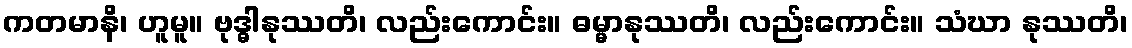
ကတမာနိ၊ ဟူမူ။ ဗုဒ္ဓါနုဿတိ၊ လည်းကောင်း။ ဓမ္မာနုဿတိ၊ လည်းကောင်း။ သံဃာ နုဿတိ၊